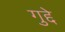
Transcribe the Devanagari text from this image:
गुद्दे